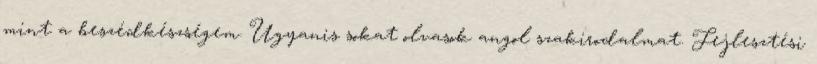
mint a beszédkészségem. Ugyanis sokat olvasok angol szakirodalmat. Fejlesztési